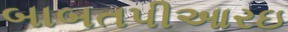
બાબતપીઆરઇ